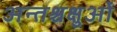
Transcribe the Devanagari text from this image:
अन्तश्चक्षुओं